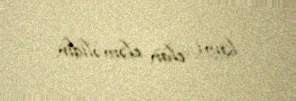
kimi elan eləməlidir.